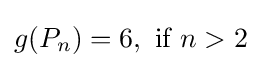
g(P_{n})=6,{\text{ if }}n>2